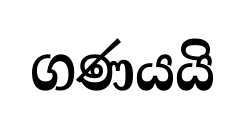
ගණයයි